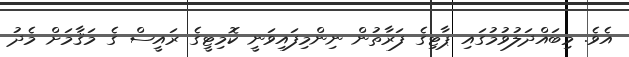
އެވެ. މިބައްދަލުވުމުގައި ޕާޓިގެ ފަރާތުން ނިންމިފައިވަނީ ކޮމިޓީގެ ރައީސް ގެ މަޤާމަށް މެދު